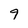
Character: 9